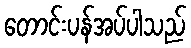
တောင်းပန်အပ်ပါသည်